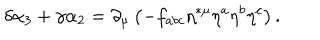
\delta \alpha _ { 3 } + \gamma \alpha _ { 2 } = \partial _ { \mu } \left( - f _ { a b c } \eta ^ { * \mu } \eta ^ { a } \eta ^ { b } \eta ^ { c } \right) .